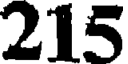
215